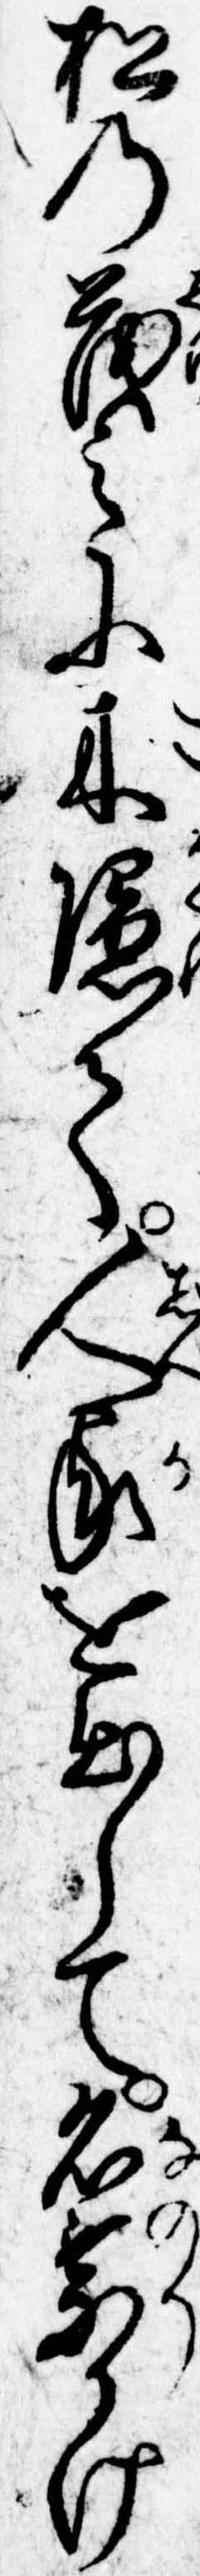
松の茂みに木隠て人家を出して名乗かけ